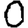
Digit: 0